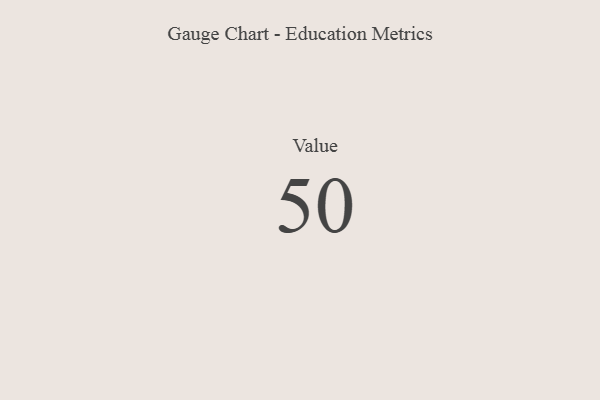
{"axis": {"x": "Metric", "y": "Value"}, "legend": [""], "data": [{"x": "Value", "y": 50, "type": ""}]}